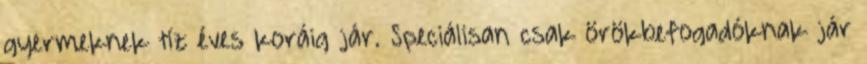
gyermeknek tíz éves koráig jár. Speciálisan csak örökbefogadóknak jár